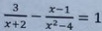
\frac { 3 } { x + 2 } - \frac { x - 1 } { x ^ { 2 } - 4 } = 1